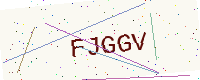
Text: FJGGV